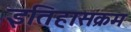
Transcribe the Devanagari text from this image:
इतिहासक्रम